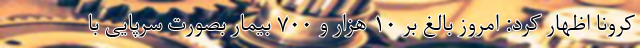
کرونا اظهار کرد: امروز بالغ بر ۱۰ هزار و ۷۰۰ بیمار بصورت سرپایی با